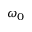
\omega _ { 0 }